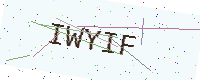
Text: IWYIF